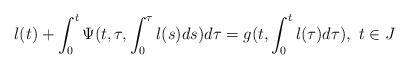
LaTeX: \begin{align*}l(t)+\int_{0}^{t}\Psi(t,\tau,\int_{0}^{\tau}l(s)ds)d\tau=g(t,\int_{0}^{t}l(\tau)d\tau),\ t\in J\end{align*}